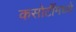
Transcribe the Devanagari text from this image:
कसोटींमध्ये